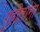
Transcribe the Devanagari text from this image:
गृहीतांना